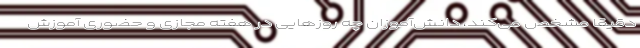
دقیقا مشخص می‌کند، دانش‌آموزان چه روزهایی در هفته مجازی و حضوری آموزش